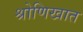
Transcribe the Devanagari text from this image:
श्रोणिखात